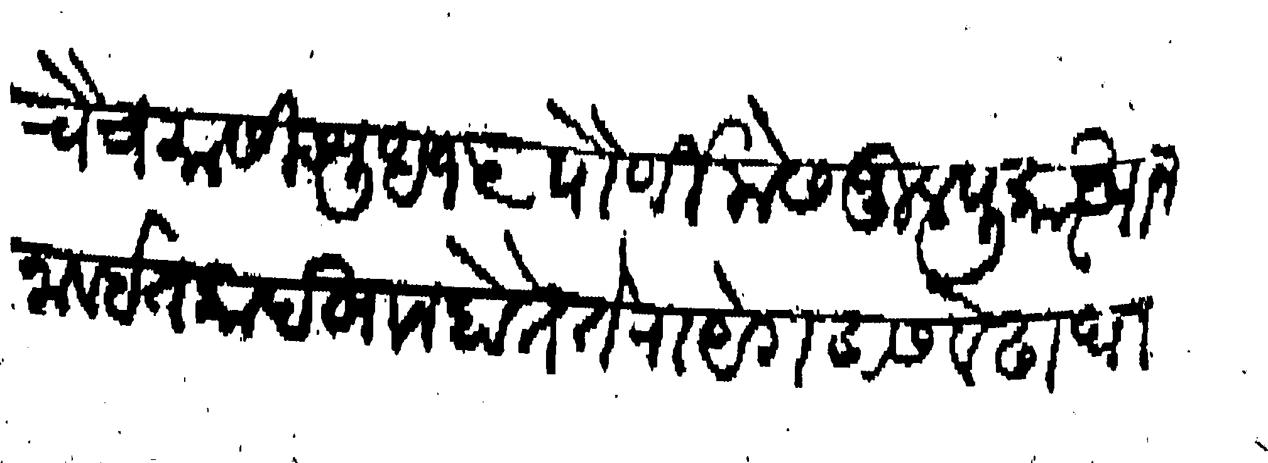
Transliteration (Devanagari): चैत्रमासी शुध १५ पौर्णिमेस जुलपुकारखान नाव ईतकादखान होते रायेगडास वेढा घा